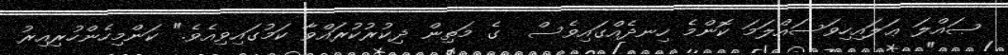
ޞައްލަ ޢަލައިހިވަސައްލަމަ ކޮންމެ ހިނދެއްގައިވެސް  ގެ މަތިން ޛިކުރުކުރައްވާ ކަމުގައިވިއެވެ." ކަންމިހެންހުރިއިރު